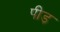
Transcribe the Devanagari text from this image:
पीड़